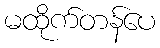
မထိုက်တန်ပေ